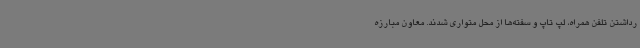
رداشتن تلفن همراه، لپ تاپ و سفته‌ها از محل متواری شدند. معاون مبارزه